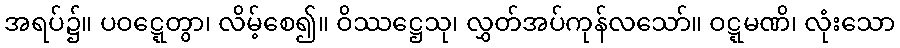
အရပ်၌။ ပဝဋ္ဋေတွာ၊ လိမ့်စေ၍။ ဝိဿဋ္ဌေသု၊ လွှတ်အပ်ကုန်လသော်။ ဝဋ္ဋမဏိ၊ လုံးသော